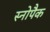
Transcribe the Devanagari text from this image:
स्नोपैक